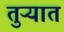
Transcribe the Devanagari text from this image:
तुऱ्यात